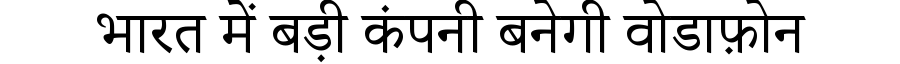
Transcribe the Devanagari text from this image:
भारत में बड़ी कंपनी बनेगी वोडाफ़ोन